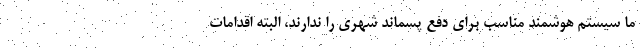
ما سیستم هوشمند مناسب برای دفع پسماند شهری را ندارند، البته اقدامات